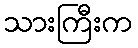
သားကြီးက